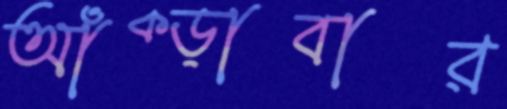
আঁক্‌ড়াবার